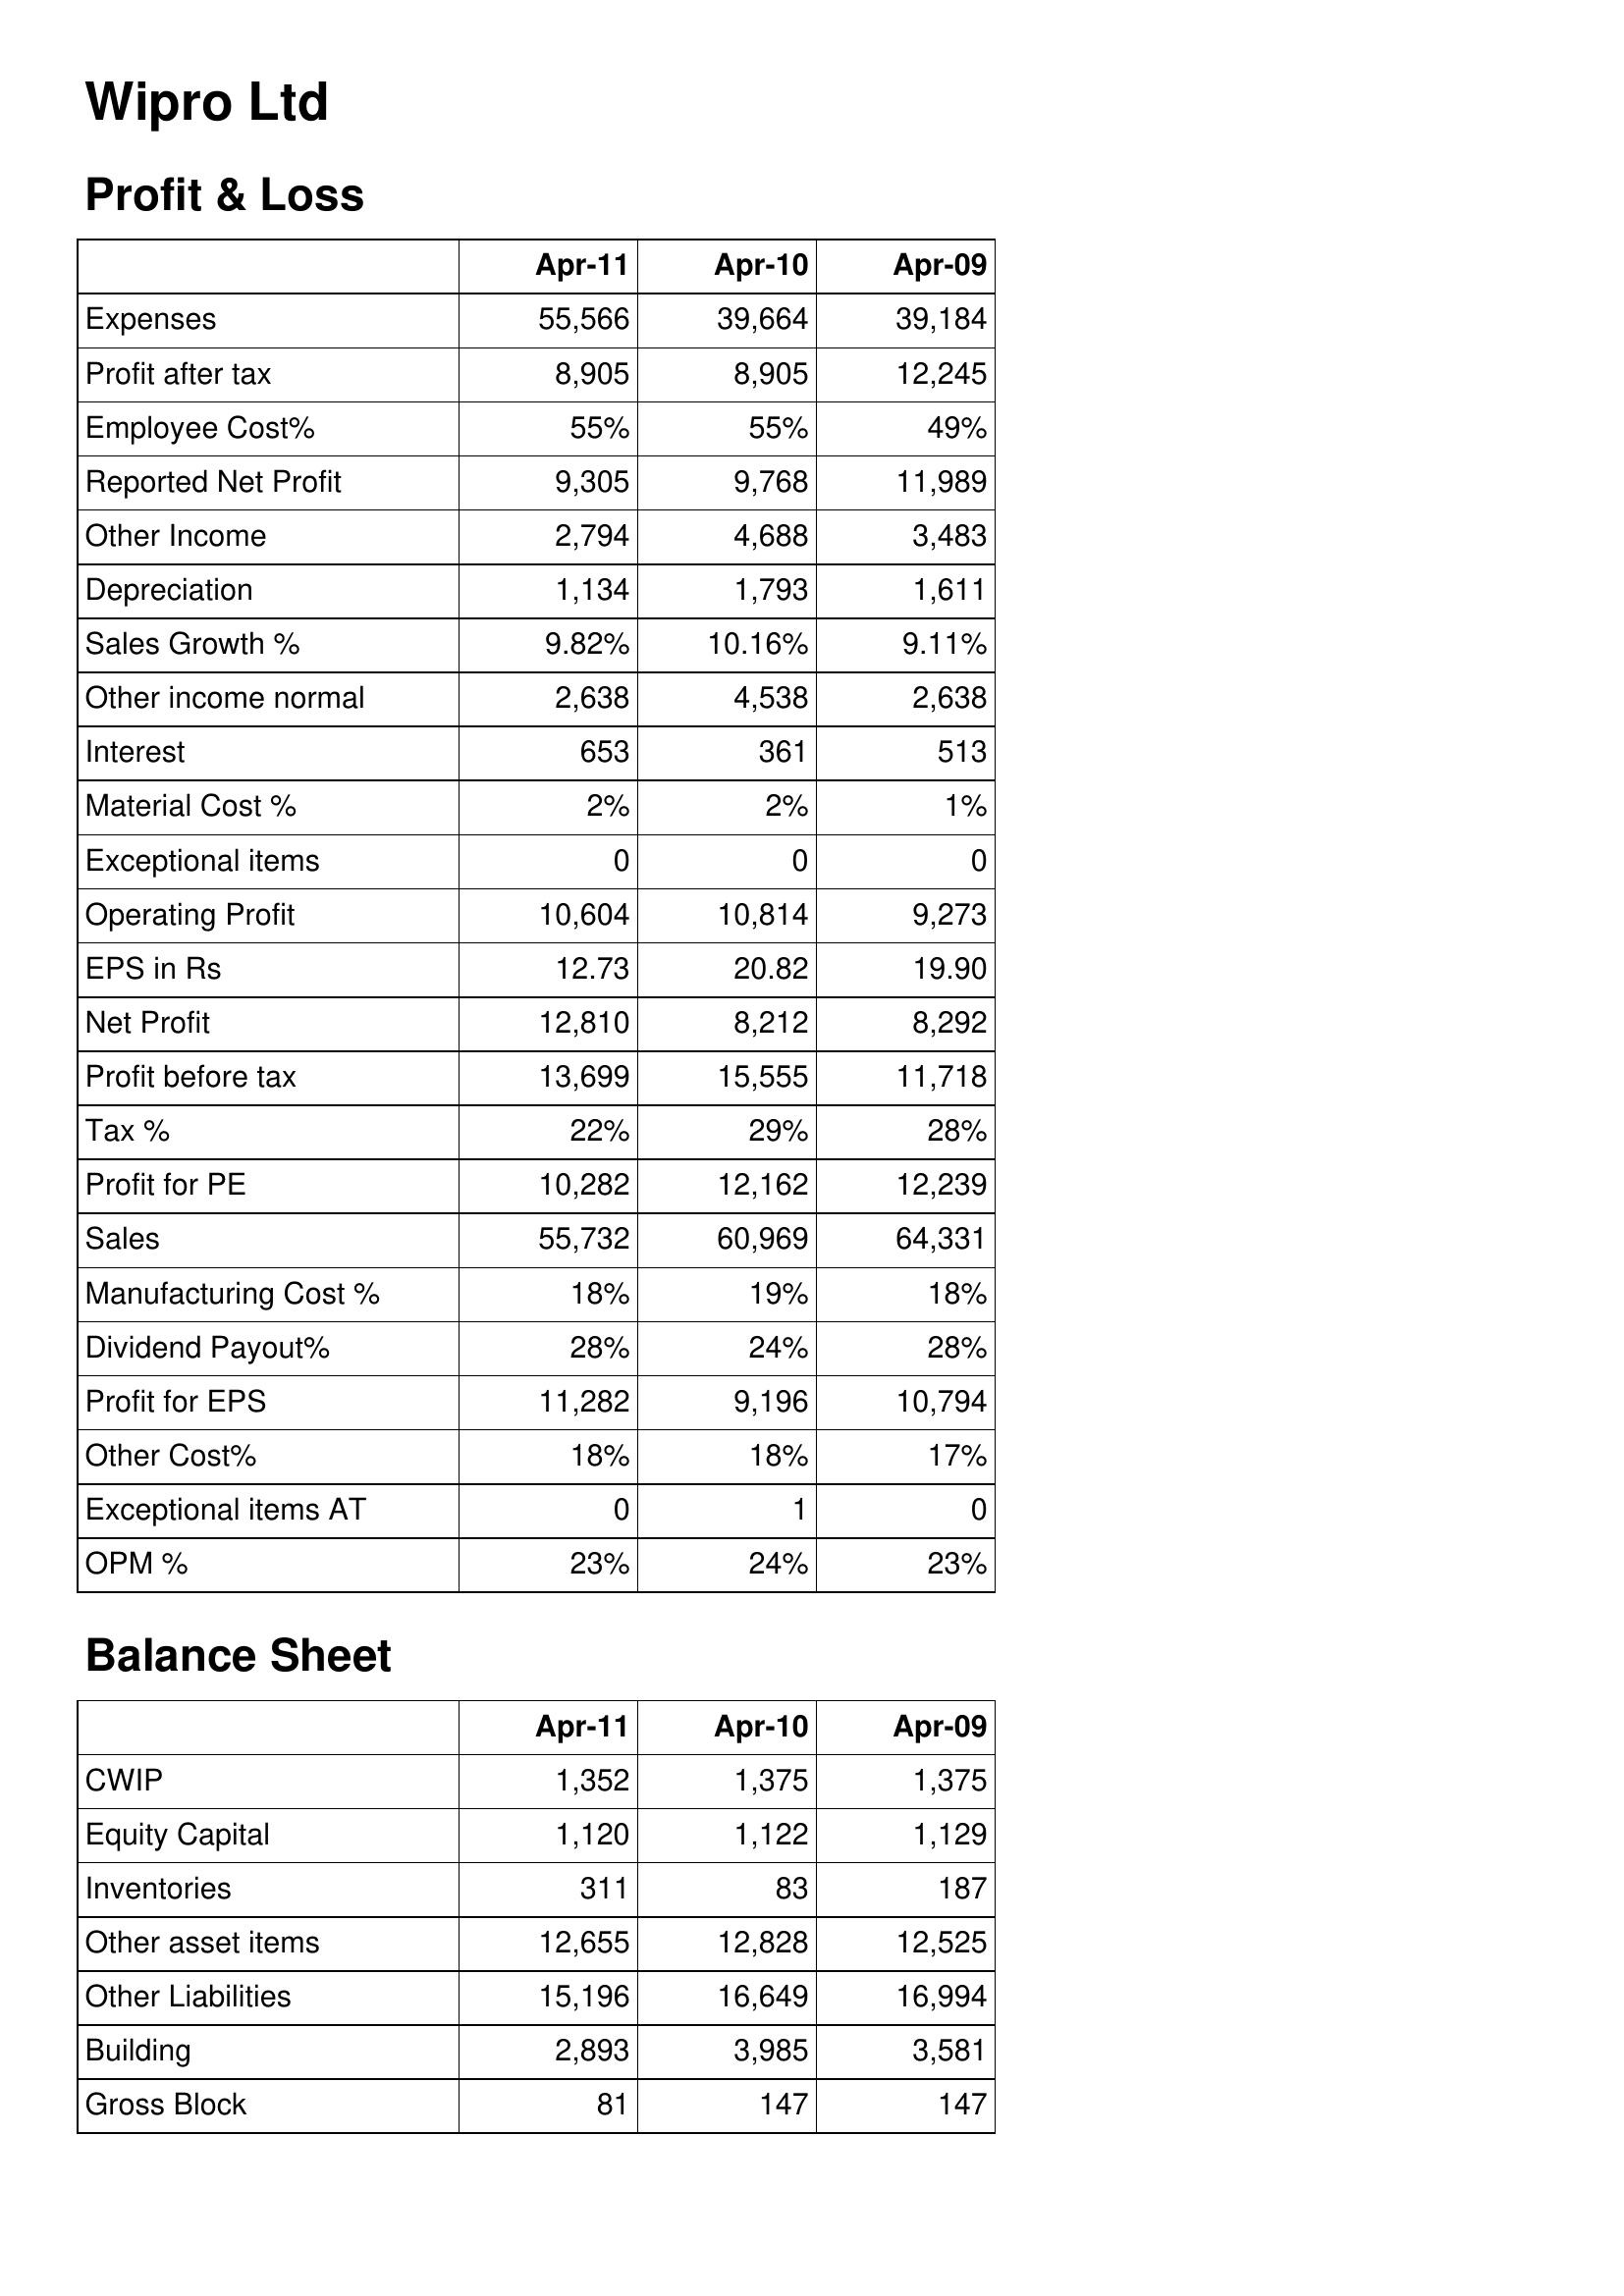
Apr-11: Profit & Loss: Expenses: 55,566
Profit after tax: 8,905
Employee Cost%: 55%
Reported Net Profit: 9,305
Other Income: 2,794
Depreciation: 1,134
Sales Growth %: 9.82%
Other income normal: 2,638
Interest: 653
Material Cost %: 2%
Exceptional items: 0
Operating Profit: 10,604
EPS in Rs: 12.73
Net Profit: 12,810
Profit before tax: 13,699
Tax %: 22%
Profit for PE: 10,282
Sales: 55,732
Manufacturing Cost %: 18%
Dividend Payout%: 28%
Profit for EPS: 11,282
Other Cost%: 18%
Exceptional items AT: 0
OPM %: 23%
Balance Sheet: CWIP: 1,352
Equity Capital: 1,120
Inventories: 311
Other asset items: 12,655
Other Liabilities: 15,196
Building: 2,893
Gross Block: 81
Apr-10: Profit & Loss: Expenses: 39,664
Profit after tax: 8,905
Employee Cost%: 55%
Reported Net Profit: 9,768
Other Income: 4,688
Depreciation: 1,793
Sales Growth %: 10.16%
Other income normal: 4,538
Interest: 361
Material Cost %: 2%
Exceptional items: 0
Operating Profit: 10,814
EPS in Rs: 20.82
Net Profit: 8,212
Profit before tax: 15,555
Tax %: 29%
Profit for PE: 12,162
Sales: 60,969
Manufacturing Cost %: 19%
Dividend Payout%: 24%
Profit for EPS: 9,196
Other Cost%: 18%
Exceptional items AT: 1
OPM %: 24%
Balance Sheet: CWIP: 1,375
Equity Capital: 1,122
Inventories: 83
Other asset items: 12,828
Other Liabilities: 16,649
Building: 3,985
Gross Block: 147
Apr-09: Profit & Loss: Expenses: 39,184
Profit after tax: 12,245
Employee Cost%: 49%
Reported Net Profit: 11,989
Other Income: 3,483
Depreciation: 1,611
Sales Growth %: 9.11%
Other income normal: 2,638
Interest: 513
Material Cost %: 1%
Exceptional items: 0
Operating Profit: 9,273
EPS in Rs: 19.90
Net Profit: 8,292
Profit before tax: 11,718
Tax %: 28%
Profit for PE: 12,239
Sales: 64,331
Manufacturing Cost %: 18%
Dividend Payout%: 28%
Profit for EPS: 10,794
Other Cost%: 17%
Exceptional items AT: 0
OPM %: 23%
Balance Sheet: CWIP: 1,375
Equity Capital: 1,129
Inventories: 187
Other asset items: 12,525
Other Liabilities: 16,994
Building: 3,581
Gross Block: 147